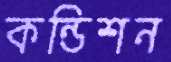
কন্ডিশন